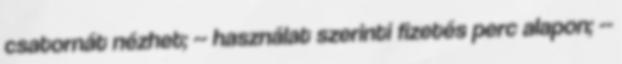
csatornát nézhet; -- használat szerinti fizetés perc alapon; --